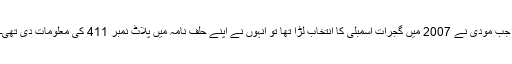
جب مودی نے 2007 میں گجرات اسمبلی کا انتخاب لڑا تھا تو انہوں نے اپنے حلف نامہ میں پلاٹ نمبر 411 کی معلومات دی تھی۔